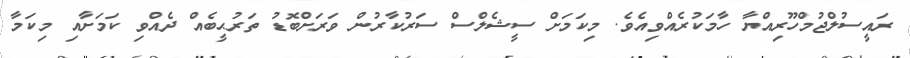
ރައީސުލްޖުމްހޫރިއްޔާ ހާމަކުރެއްވިއެވެ. މިކަމަށް ސީޝެލްސް ސަރުކާރުން ވަރަށްބޮޑު ތަރުޙީބެއް ދެއްވި ކަމަށާއި މިކަމާ